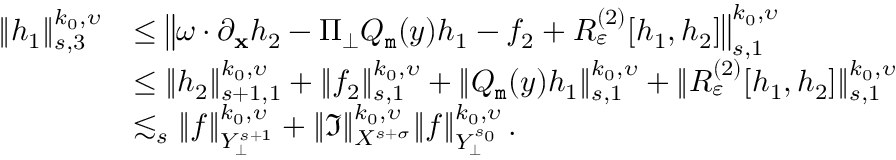
\begin{array} { r l } { \| h _ { 1 } \| _ { s , 3 } ^ { k _ { 0 } , \upsilon } } & { \leq \big \| \omega \cdot \partial _ { \bf x } h _ { 2 } - \Pi _ { \bot } Q _ { \mathtt m } ( y ) h _ { 1 } - f _ { 2 } + { \cal R } _ { \varepsilon } ^ { ( 2 ) } [ h _ { 1 } , h _ { 2 } ] \big \| _ { s , 1 } ^ { k _ { 0 } , \upsilon } } \\ & { \leq \| h _ { 2 } \| _ { s + 1 , 1 } ^ { k _ { 0 } , \upsilon } + \| f _ { 2 } \| _ { s , 1 } ^ { k _ { 0 } , \upsilon } + \| Q _ { \mathtt m } ( y ) h _ { 1 } \| _ { s , 1 } ^ { k _ { 0 } , \upsilon } + \| { \cal R } _ { \varepsilon } ^ { ( 2 ) } [ h _ { 1 } , h _ { 2 } ] \| _ { s , 1 } ^ { k _ { 0 } , \upsilon } } \\ & { \lesssim _ { s } \| f \| _ { { \cal Y } _ { \bot } ^ { s + 1 } } ^ { k _ { 0 } , \upsilon } + \| { \mathfrak I } \| _ { { \cal X } ^ { s + \sigma } } ^ { k _ { 0 } , \upsilon } \| f \| _ { { \cal Y } _ { \bot } ^ { s _ { 0 } } } ^ { k _ { 0 } , \upsilon } \, . } \end{array}